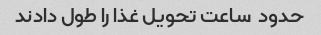
حدود  ساعت تحویل غذا را طول دادند